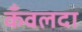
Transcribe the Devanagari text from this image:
कँवलदा